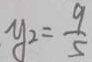
y _ { 2 } = \frac { 9 } { 5 }